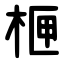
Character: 㭱